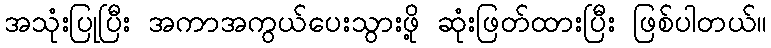
အသုံးပြုပြီး အကာအကွယ်ပေးသွားဖို့ ဆုံးဖြတ်ထားပြီး ဖြစ်ပါတယ်။